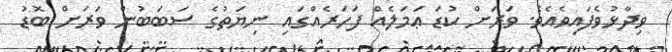
ވިދާޅުވެފައިވެއެވެ. ވަރަށް ކުޑަ ޢަމަލެއް ފަހަރެއްގައި ނިޔަތުގެ ސަބަބުން ވަރަށް ބޮޑު